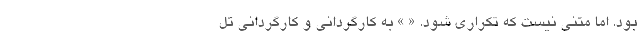
بود. اما متنی نیست که تکراری شود. « » به کارگردانی و کارگردانی تل